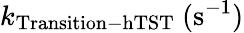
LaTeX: k_{\mathrm{Transition-hTST}}~(\mathrm{s}^{-1})